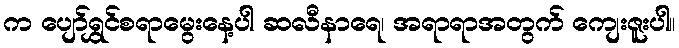
က ပျော်ရွှင်စရာမွေးနေ့ပါ ဆလီနာရေ၊ အရာရာအတွက် ကျေးဇူးပါ။